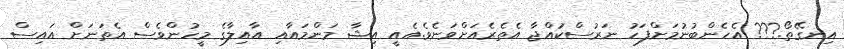
އިނގޭތޯ.??? އެހެންބުނުމަށްފަހު ނަރުސްކަުއްޖާ އެތެރެއަށްވަނެވެ.އެއީ އިޝާ މަންމައާއި އާއިލާގެ މީހުންވެސް އެތަނަށް އައިސް